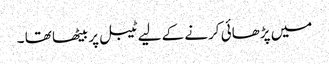
میں پڑھائی کرنے کے لیے ٹیبل پر بیٹھا تھا ۔